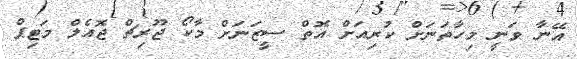
އޭނާ ވަނީ މިހާތަނަށް ކުރިއަށް އޮތް ސީޒަނަށް މާކޯ ޖޫރިޗް ޖޮއެލް މަޓިޕް